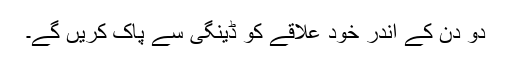
دو دن کے اندر خود علاقے کو ڈینگی سے پاک کریں گے۔